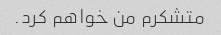
متشکرم من خواهم کرد.